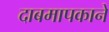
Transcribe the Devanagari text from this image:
दाबमापकाने